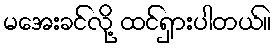
မအေးခင်လို့ ထင်ရှားပါတယ်။